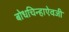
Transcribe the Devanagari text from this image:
बोधचिन्हाऐवजी